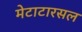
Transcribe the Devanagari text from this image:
मेटाटारसल